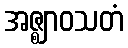
အဇ္ဈာဝသတံ